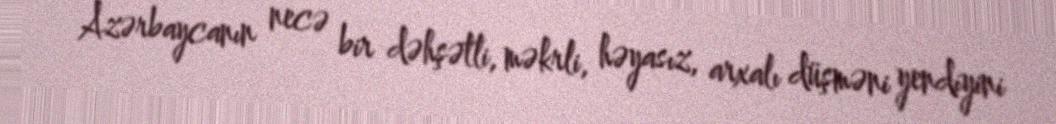
Azərbaycanın necə bir dəhşətli, məkrli, həyasız, arxalı düşməni yendiyini